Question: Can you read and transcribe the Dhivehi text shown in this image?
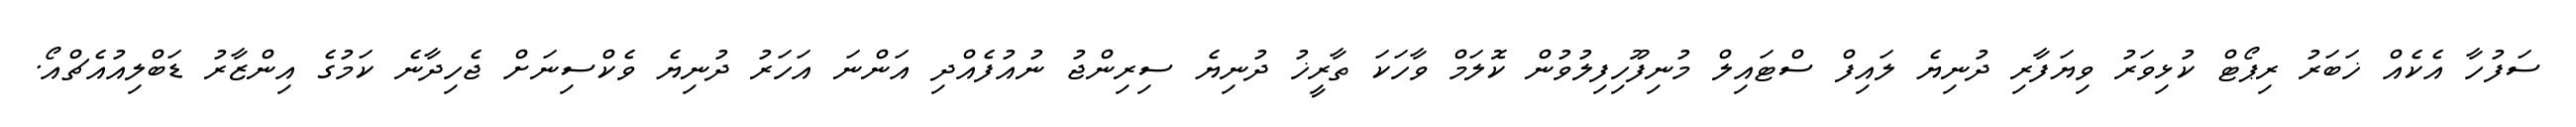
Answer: ސަފުހާ އެކެއް ޚަބަރު ރިޕޯޓް ކުޅިވަރު ވިޔަފާރި ދުނިޔެ ލައިފް ސްޓައިލް މުނިފޫހިފިލުވުން ކޮލަމް ވާހަކަ ތާރީޚު ދުނިޔެ ސިރިންޖު ނުއުފެއްދި އަންނަ އަހަރު ދުނިޔެ ވެކްސިނަށް ޖެހިދާނެ ކަމުގެ އިންޒާރު ޑަބްލިއުއެޗްއޯ.